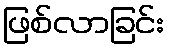
ဖြစ်လာခြင်း